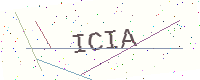
Text: ICIA